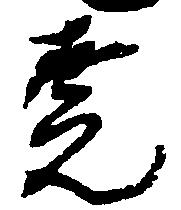
堯